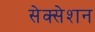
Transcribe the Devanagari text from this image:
सेक्सेशन